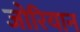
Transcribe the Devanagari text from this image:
जोरियान